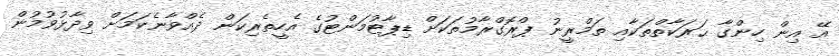
އޭ އިން ހިންގާ ޙަރަކާތްތަކާއި ތަމްރީނު ޕްރޮގްރާމުތަކަށް ޑިޕާޓުމަންޓުގެ އެހީތެރިކަން ދެއްވާނެކަމަށް ވިދާޅުވުމުން